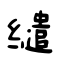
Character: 缱